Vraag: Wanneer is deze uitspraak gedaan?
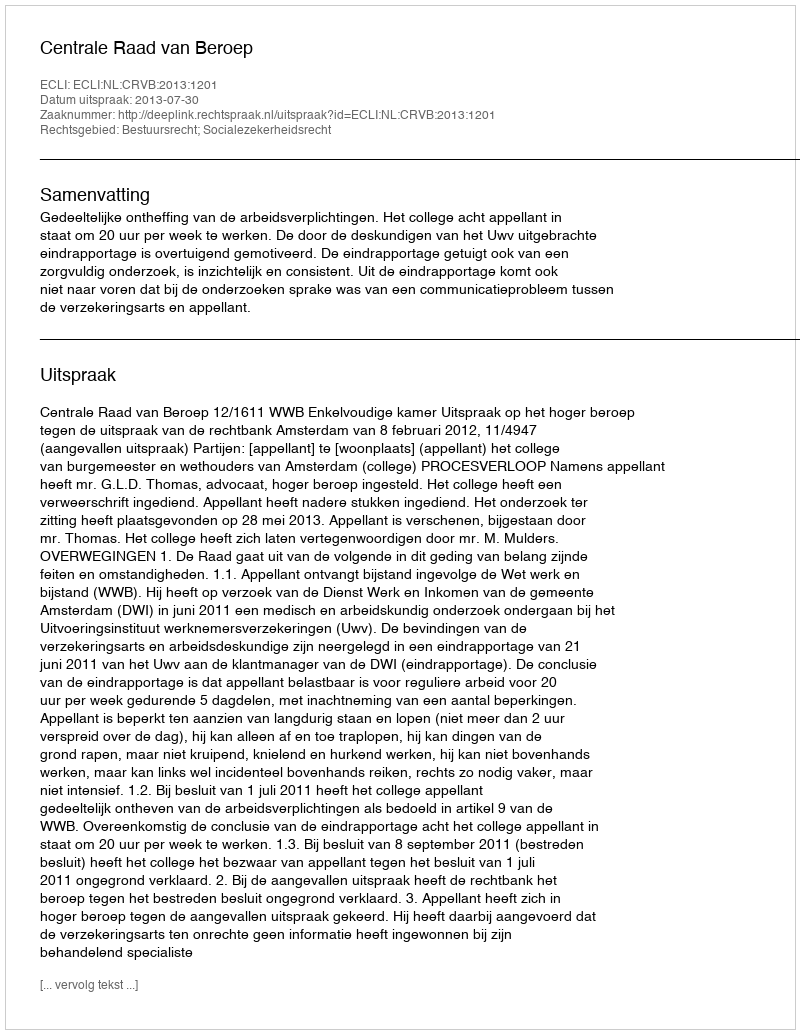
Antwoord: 2013-07-30